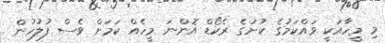
މި މީހާއަކީ ވައްކަމުގެ ކުށުގެ ރެކޯޑް އޮންނަ މީހެއް ކަމަށް ވެސް ފުލުހުން